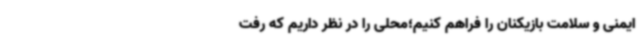
ایمنی و سلامت بازیکنان را فراهم‌ کنیم؛محلی را در نظر داریم که رفت